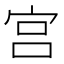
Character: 宫